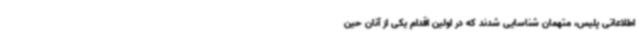
اطلاعاتی پلیس، متهمان شناسایی شدند که در اولین اقدام یکی از آنان حین